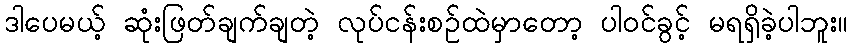
ဒါပေမယ့် ဆုံးဖြတ်ချက်ချတဲ့ လုပ်ငန်းစဉ်ထဲမှာတော့ ပါဝင်ခွင့် မရရှိခဲ့ပါဘူး။